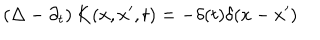
\left( \Delta - \partial _ { t } \right) K ( x , x ^ { \prime } , t ) = - \delta ( t ) \delta ( x - x ^ { \prime } )